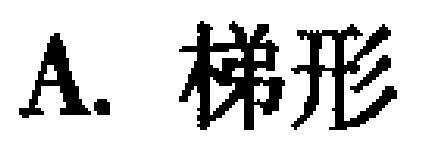
A. 梯形